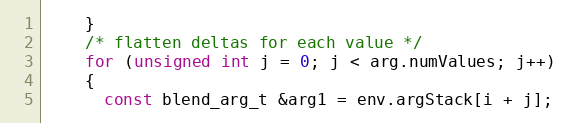
Language: C++
    }
    /* flatten deltas for each value */
    for (unsigned int j = 0; j < arg.numValues; j++)
    {
      const blend_arg_t &arg1 = env.argStack[i + j];